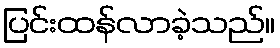
ပြင်းထန်လာခဲ့သည်။